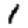
Digit: 1